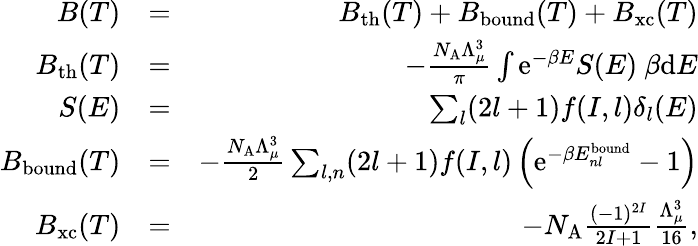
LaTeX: \begin{array}{rlr}{B(T)}&{=}&{B_{\mathrm{th}}(T)+B_{\mathrm{bound}}(T)+B_{\mathrm{xc}}(T)}\\ {B_{\mathrm{th}}(T)}&{=}&{-\frac{N_{\mathrm{A}}\Lambda_{\mu}^{3}}{\pi}\int\mathrm{e}^{-\beta E}S(E)~\beta\mathrm{d}E}\\ {S(E)}&{=}&{\sum_{l}(2l+1)f(I,l)\delta_{l}(E)}\\ {B_{\mathrm{bound}}(T)}&{=}&{-\frac{N_{\mathrm{A}}\Lambda_{\mu}^{3}}{2}\sum_{l,n}(2l+1)f(I,l)\left(\mathrm{e}^{-\beta E_{nl}^{\mathrm{bound}}}-1\right)}\\ {B_{\mathrm{xc}}(T)}&{=}&{-N_{\mathrm{A}}\frac{(-1)^{2I}}{2I+1}\frac{\Lambda_{\mu}^{3}}{16},}\end{array}